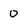
Character: o